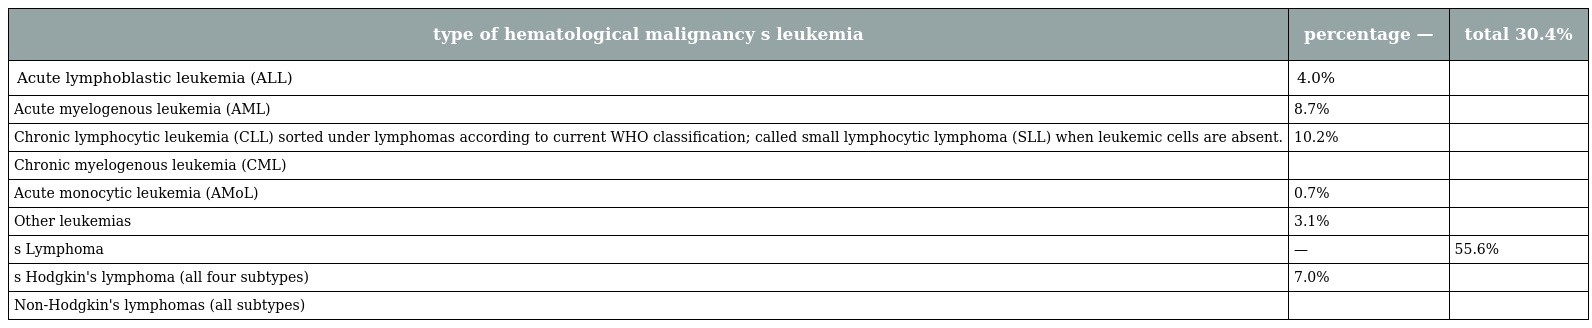
| type of hematological malignancy s leukemia | percentage — | total 30.4% |
 | --- | --- | --- |
 | Acute lymphoblastic leukemia (ALL) | 4.0% |  |
 | Acute myelogenous leukemia (AML) | 8.7% |  |
 | Chronic lymphocytic leukemia (CLL) sorted under lymphomas according to current WHO classification; called small lymphocytic lymphoma (SLL) when leukemic cells are absent. | 10.2% |  |
 | Chronic myelogenous leukemia (CML) |  |  |
 | Acute monocytic leukemia (AMoL) | 0.7% |  |
 | Other leukemias | 3.1% |  |
 | s Lymphoma | — | 55.6% |
 | s Hodgkin's lymphoma (all four subtypes) | 7.0% |  |
 | Non-Hodgkin's lymphomas (all subtypes) |  |  |